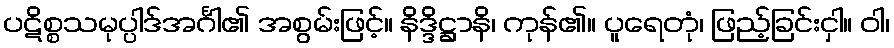
ပဋိစ္စသမုပ္ပါဒ်အင်္ဂါ၏ အစွမ်းဖြင့်။ နိဒ္ဒိဋ္ဌာနိ၊ ကုန်၏။ ပူရေတုံ၊ ဖြည့်ခြင်းငှါ။ ဝါ၊